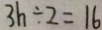
3 h \div 2 = 1 6